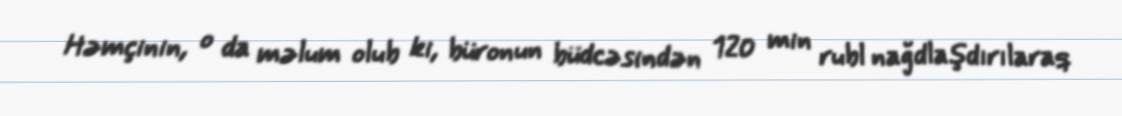
Həmçinin, o da məlum olub ki, büronun büdcəsindən 120 min rubl nağdlaşdırılaraq